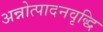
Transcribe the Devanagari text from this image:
अन्नोत्पादनवृद्धि